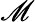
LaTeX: \mathscr{M}